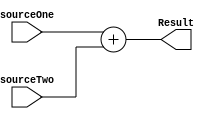
`timescale 1ns / 1ps
//////////////////////////////////////////////////////////////////////////////////
// Company: 
// Engineer: 
// 
// Design Name: 
// Module Name: Adder
// Project Name: 
// Target Devices: 
// Tool Versions: 
// Description: 
// 
// Dependencies: 
// 
// Revision:
// Revision 0.01 - File Created
// Additional Comments:
// 
//////////////////////////////////////////////////////////////////////////////////


module Adder #(parameter N =32) (input [N-1:0]sourceOne ,input [N-1:0]sourceTwo ,output [N-1:0] Result);

assign Result = sourceOne+sourceTwo;

endmodule